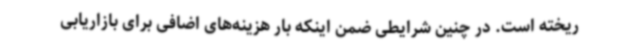
ریخته است. در چنین شرایطی ضمن اینکه بار هزینه‌های اضافی برای بازاریابی